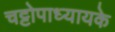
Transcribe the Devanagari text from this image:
चट्टोपाध्यायके